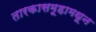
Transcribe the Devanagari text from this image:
तारकासमूहामधून